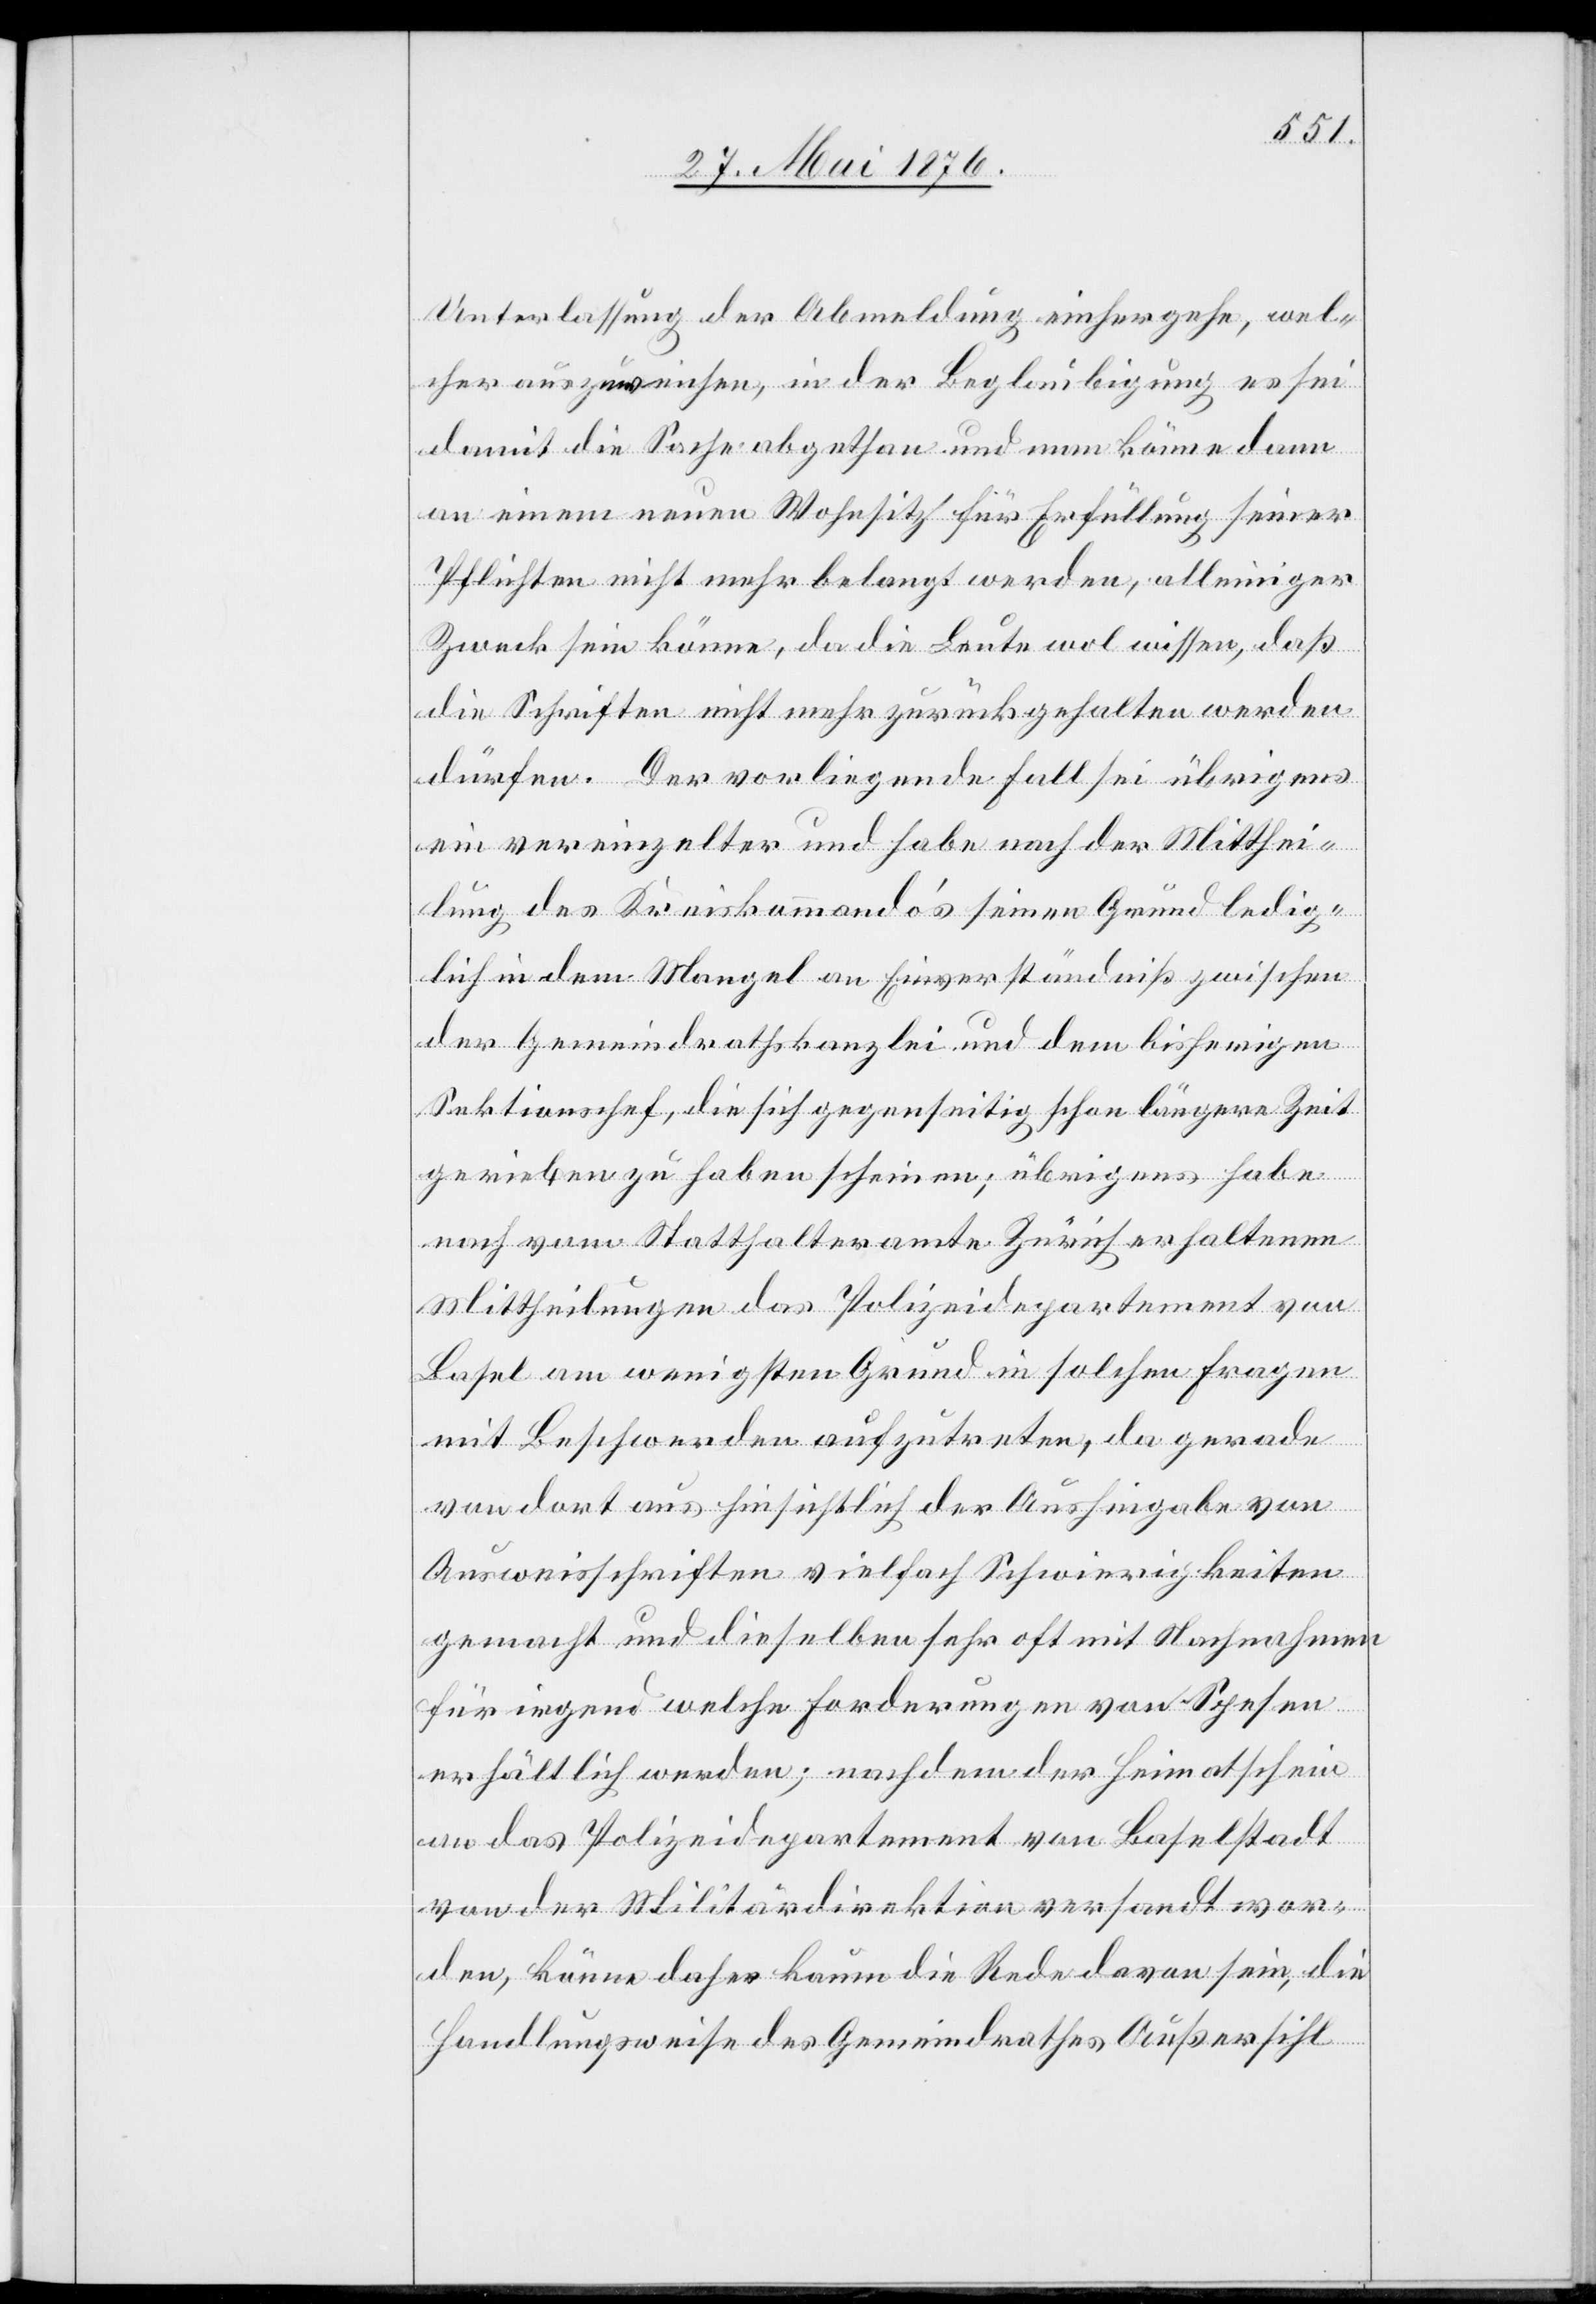
Unterlassung der Abmeldung einhergehe, wel¬
cher auszuweisen, in der Beglaubigung es sei
damit die Sache abgethan und man könne dann
an einem neuen Wohnsitz für Erfüllung seiner
Pflichten nicht mehr belangt werden, alleiniger
Zweck sein könne, da die Leute wol wissen, daß
die Schriften nicht mehr zurückgehalten werden
dürfen. Der vorliegende Fall sei übrigens
ein vereinzelter und habe nach der Mitthei¬
lung des Kreiskommando’s seinen Grund ledig¬
lich in dem Mangel an Einverständniß zwischen
der Gemeindrathskanzlei und dem bisherigen
Sektionschef, die sich gegenseitig schon längere Zeit
gerieben zu haben scheinen; übrigens habe
nach vom Statthalteramte Zürich erhaltenen
Mittheilungen das Polizeidepartement von
Basel am wenigsten Grund in solchen Fragen
mit Beschwerden aufzutreten, da gerade
von dort aus hinsichtlich der Aushinhabe von
Ausweisschriften vielfach Schwierigkeiten
gemacht und dieselben sehr oft mit Nachnahmen
für irgend welche Forderungen von Spesen
erhältlich werden; nachdem der Heimatschein
an das Polizeidepartement von Baselstadt
von der Militärdepartement versandt wor¬
den, könne daher kaum die Rede davon sein, die
Handlungsweise des Gemeindrathes Außersihl